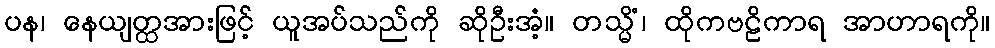
ပန၊ နေယျတ္ထအားဖြင့် ယူအပ်သည်ကို ဆိုဦးအံ့။ တသ္မိံ၊ ထိုကဗဠိကာရ အာဟာရကို။